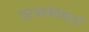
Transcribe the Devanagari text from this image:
प्रजासेवेमध्ये